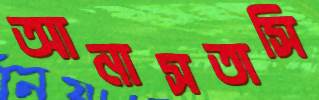
আনাসতাসি